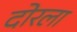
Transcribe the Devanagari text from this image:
दोरला